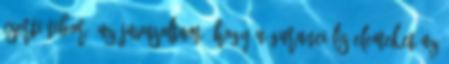
Cserti Tibor: Az javasoltam, hogy a garanciális elemeket az